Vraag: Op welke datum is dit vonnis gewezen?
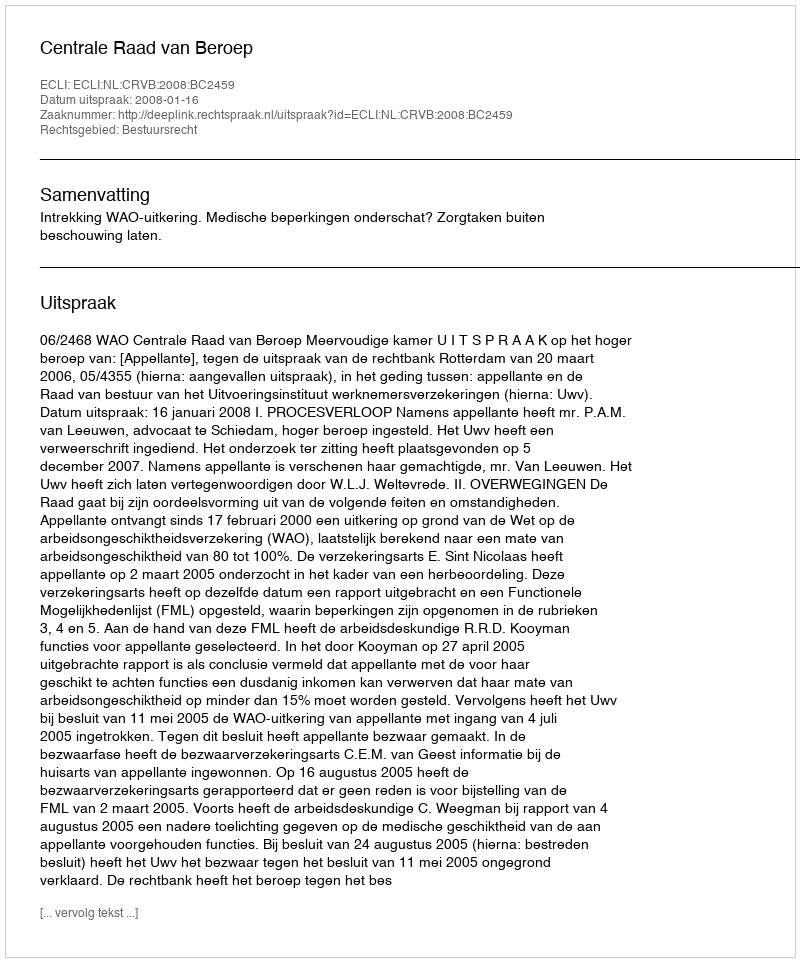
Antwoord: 2008-01-16